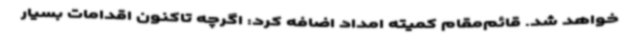
خواهد شد. قائم‌مقام کمیته امداد اضافه کرد: اگرچه تاکنون اقدامات بسیار